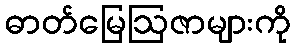
ဓာတ်မြေဩဇာများကို